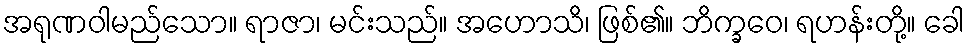
အရုဏဝါမည်သော။ ရာဇာ၊ မင်းသည်။ အဟောသိ၊ ဖြစ်၏။ ဘိက္ခဝေ၊ ရဟန်းတို့။ ခေါ